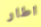
اطار